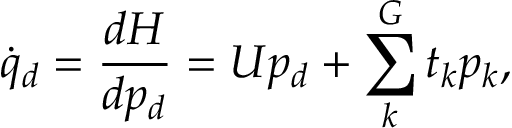
\dot { q } _ { d } = \frac { d H } { d p _ { d } } = U p _ { d } + \sum _ { k } ^ { G } t _ { k } p _ { k } ,